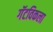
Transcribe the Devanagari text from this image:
गॅटविकला